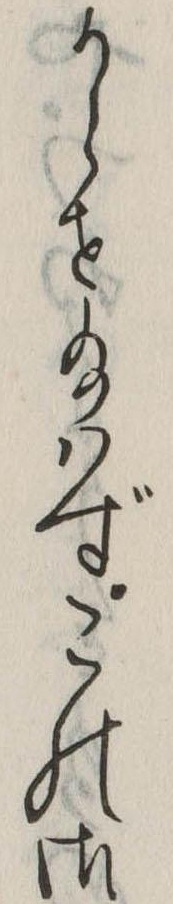
からせ給はずこの御